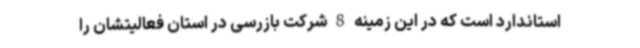
استاندارد است که در این زمینه 8 شرکت بازرسی در استان فعالیتشان را